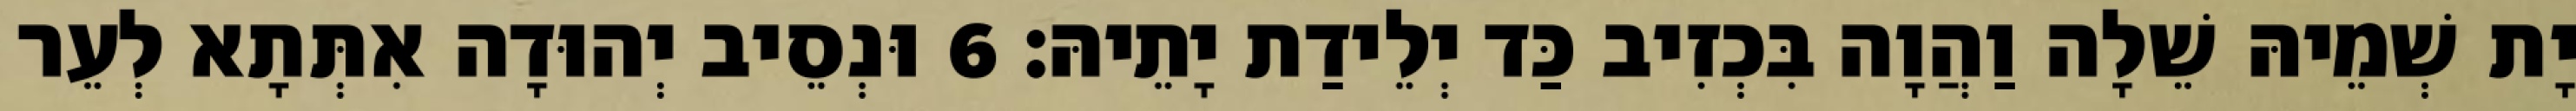
יָת שְׁמֵיהּ שֵׁלָה וַהֲוָה בִּכְזִיב כַּד יְלֵידַת יָתֵיהּ׃ 6 וּנְסֵיב יְהוּדָה אִתְּתָא לְעֵר